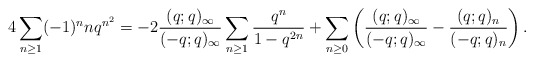
\begin{align*}4\sum_{n\geq1}(-1)^nnq^{n^2}=-2\frac{(q;q)_{\infty}}{(-q;q)_{\infty}}\sum_{n\geq1}\frac{q^n}{1-q^{2n}}+\sum_{n\geq0}\left(\frac{(q;q)_{\infty}}{(-q;q)_\infty}-\frac{(q;q)_n}{(-q;q)_n}\right).\end{align*}